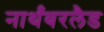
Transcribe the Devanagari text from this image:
नार्थंबरलैड